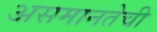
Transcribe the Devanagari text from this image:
असमानतेची